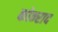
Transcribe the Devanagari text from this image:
कोन्‍राद